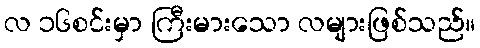
လ ၁၆စင်းမှာ ကြီးမားသော လများဖြစ်သည်။